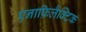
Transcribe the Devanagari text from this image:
एनाफ़िलैक्टिक